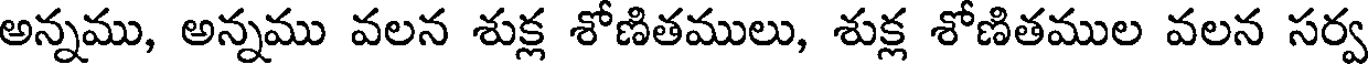
అన్నము, అన్నము వలన శుక్ల శోణితములు, శుక్ల శోణితముల వలన సర్వ